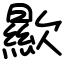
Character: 歞